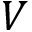
V